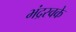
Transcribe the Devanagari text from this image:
भंद्रस्वके